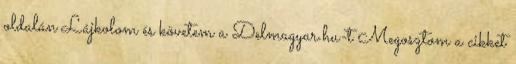
oldalán Lájkolom és követem a Delmagyar.hu-t Megosztom a cikket